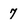
Character: 7